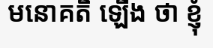
មនោគតិ ឡើង ថា ខ្ញុំ